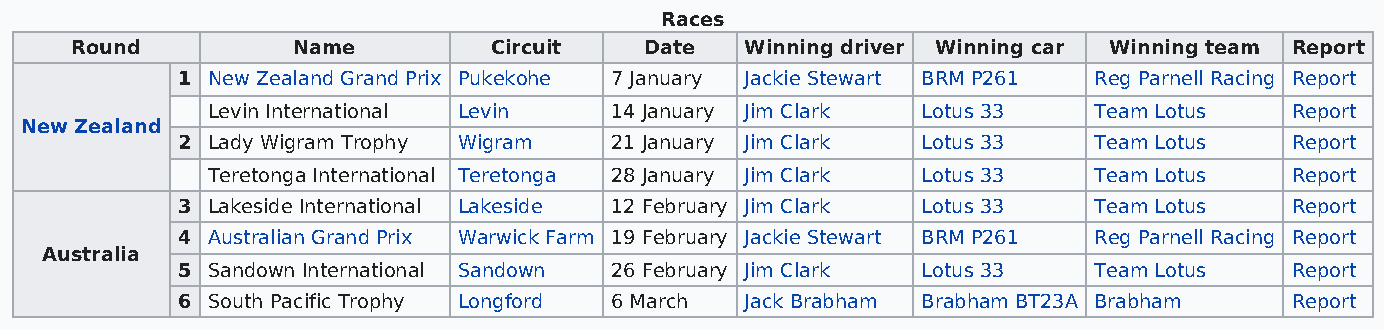
Races
 Round         Name         Circuit    Date  Winning driver Winning car Winning team Report
 1 New Zealand Grand Prix Pukekohe 7 January Jackie Stewart BRM P261 Reg Parnell Racing Report
 Levin International Levin 14 January Jim Clark Lotus 33   Team Lotus   Report
 New Zealand
 2 Lady Wigram Trophy Wigram 21 January Jim Clark Lotus 33   Team Lotus   Report
 Teretonga International Teretonga 28 January Jim Clark Lotus 33 Team Lotus Report
 3 Lakeside International Lakeside 12 February Jim Clark Lotus 33 Team Lotus Report
 4 Australian Grand Prix Warwick Farm 19 February Jackie Stewart BRM P261 Reg Parnell Racing Report
 Australia
 5 Sandown International Sandown 26 February Jim Clark Lotus 33 Team Lotus Report
 6 South Pacific Trophy Longford 6 March Jack Brabham Brabham BT23A Brabham Report